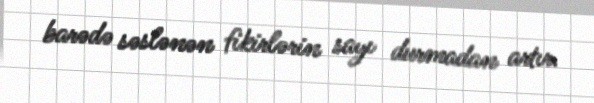
barədə səslənən fikirlərin sayı durmadan artır.